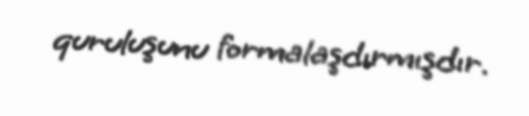
quruluşunu formalaşdırmışdır.